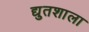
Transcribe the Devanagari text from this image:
द्युतशाला